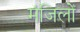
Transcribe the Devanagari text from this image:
मंजिलोँ